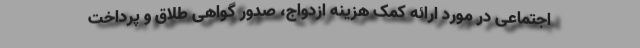
اجتماعی در مورد ارائه کمک هزینه ازدواج، صدور گواهی طلاق و پرداخت